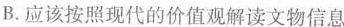
B. 应该按照现代的价值观解读文物信息